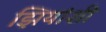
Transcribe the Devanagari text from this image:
झियांशी